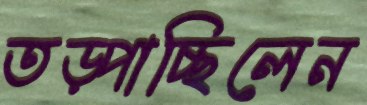
তড়্‌পাচ্ছিলেন